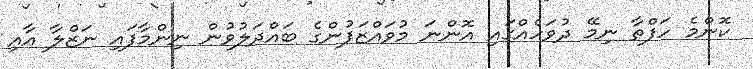
ކޮންމެ ހަފްތާ ނިމޭ ދުވަހެއްގައި އޮންނަ މުވައްޒަފުންގެ ބައްދަލުވުން ނިންމާފައި ނަޒްލާ އާއި